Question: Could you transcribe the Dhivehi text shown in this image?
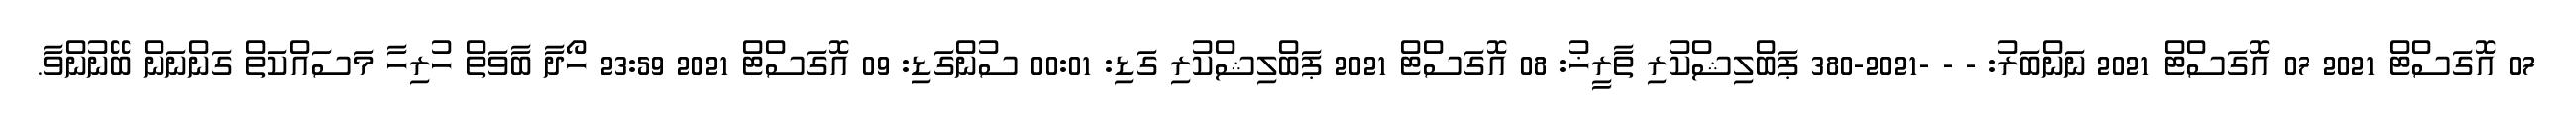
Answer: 07 އޮގަސްޓް 2021 07 އޮގަސްޓް 2021 ނަންބަރު: - - -2021-380 ޕަބްލިޝްކުރި ތާރީޚު: 08 އޮގަސްޓް 2021 ޕަބްލިޝްކުރި ގަޑި: 00:01 ސުންގަޑި: 09 އޮގަސްޓް 2021 23:59 ހޯދާ ބާވަތް ހުރިހާ މަސައްކަތް ގަންނަން ބޭނުންވާ.